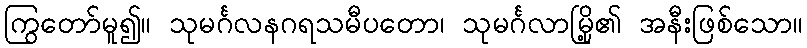
ကြွတော်မူ၍။ သုမင်္ဂလနဂရသမီပတော၊ သုမင်္ဂလာမြို့၏ အနီးဖြစ်သော။